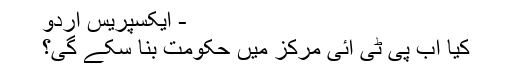
- ایکسپریس اردو
کیا اب پی ٹی آئی مرکز میں حکومت بنا سکے گی؟